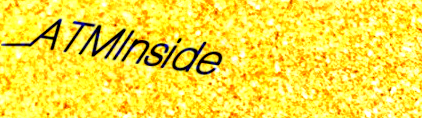
ATMInside